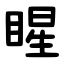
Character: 睲